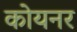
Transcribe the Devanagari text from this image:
कोयनर